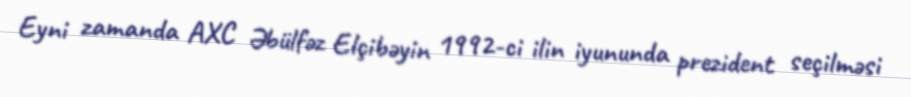
Eyni zamanda AXC Əbülfəz Elçibəyin 1992-ci ilin iyununda prezident seçilməsi